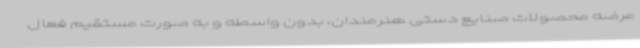
عرضه محصولات صنایع دستی هنرمندان، بدون واسطه و به صورت مستقیم فعال